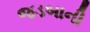
જડબાની